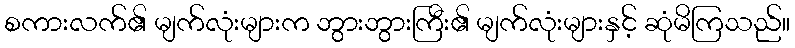
စကားလက်၏ မျက်လုံးများက ဘွားဘွားကြီး၏ မျက်လုံးများနှင့် ဆုံမိကြသည်။